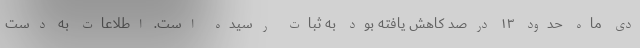
دی ماه حدود ۱۳ درصد کاهش یافته بود به ثبات رسیده است. اطلاعات به دست